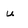
Character: u